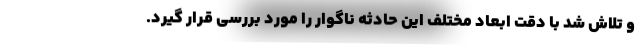
و تلاش شد با دقت ابعاد مختلف این حادثه ناگوار را مورد بررسی قرار گیرد.